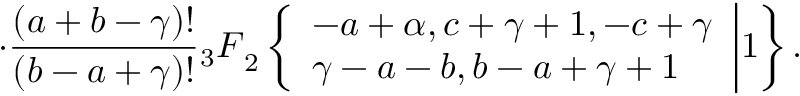
\cdot \frac { ( a + b - \gamma ) ! } { ( b - a + \gamma ) ! } { _ 3 F } _ { 2 } \left\{ \begin{array} { l } { { - a + \alpha , c + \gamma + 1 , - c + \gamma } } \\ { { \gamma - a - b , b - a + \gamma + 1 } } \end{array} \biggr | 1 \right\} .